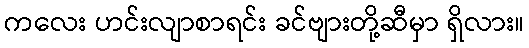
ကလေး ဟင်းလျာစာရင်း ခင်ဗျားတို့ဆီမှာ ရှိလား။